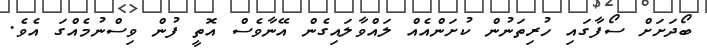
ބޯދަށަށް ސޯފާގައި ހުރިތަނުން ކުށަންއެއް ލައްވާލައިގެން އޭނާވެސް އޮތީ ފުން ވިސްނުމެއްގަ އެވެ.